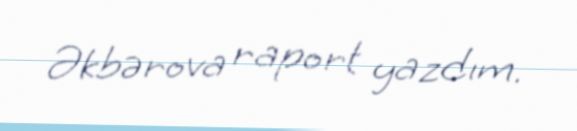
Əkbərova raport yazdım.